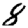
Digit: 8